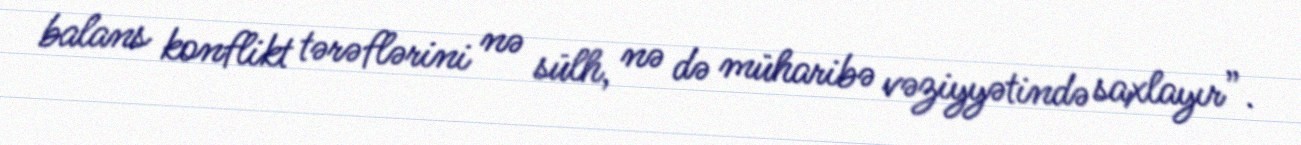
balans konflikt tərəflərini nə sülh, nə də müharibə vəziyyətində saxlayır”.